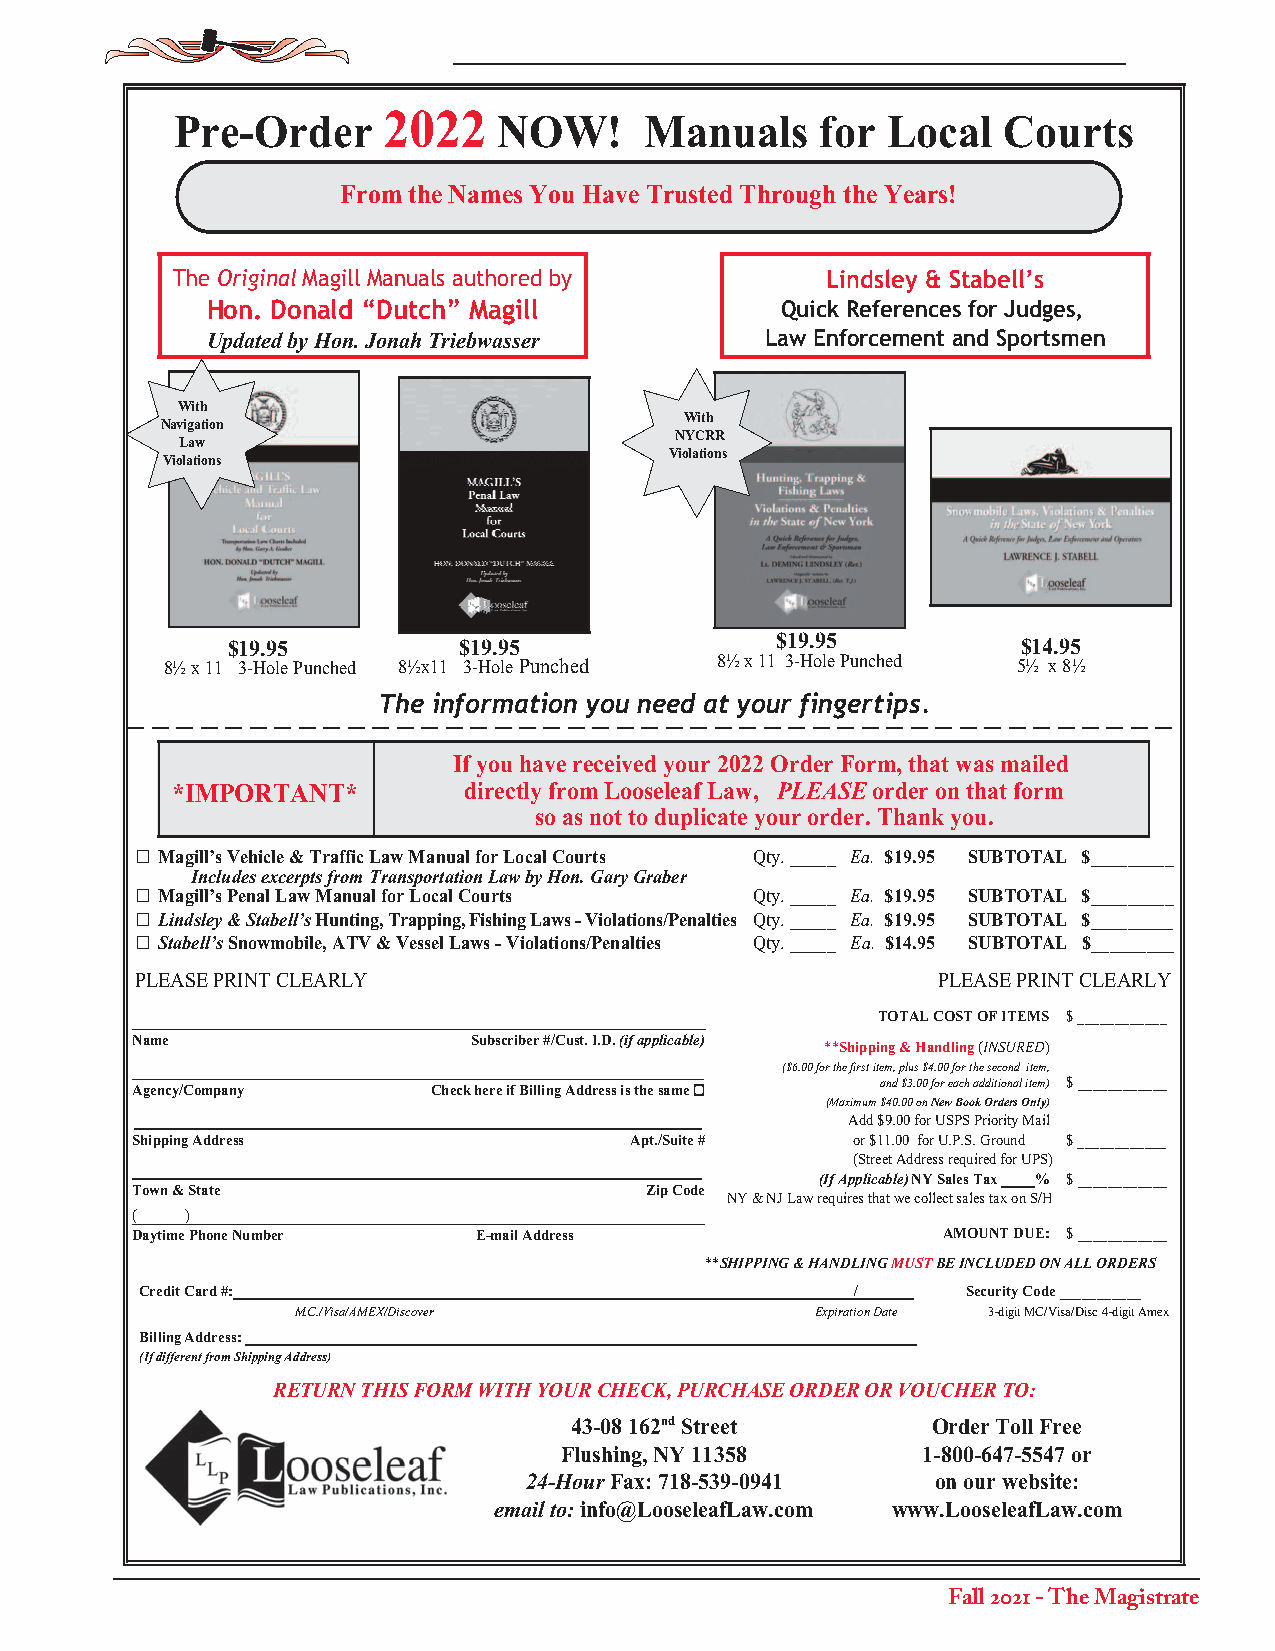
Pre-Order    2022    NOW!      Manuals    for  Local  Courts
 From the Names You Have Trusted Through the Years!
 The Original Magill Manuals authored by     Lindsley & Stabell’s
 Hon. Donald “Dutch” Magill            Quick References for Judges,
 Updated by Hon. Jonah Triebwasser    Law Enforcement and Sportsmen
 With
 With
 Navigation
 NYCRR
 Law
 Violations
 Violations
 $19.95         $19.95               $19.95           $14.95
 8½ x 11 3-Hole Punched 8½x11 3-Hole Punched 8½ x 11 3-Hole Punched 5½ x 8½
 The information you need at your fingertips.
 If you have received your 2022 Order Form, that was mailed
 *IMPORTANT*         directly from Looseleaf Law, PLEASE order on that form
 so as not to duplicate your order. Thank you.
 G Magill’s Vehicle & Traffic Law Manual for Local Courts Qty. _____ Ea. $19.95 SUBTOTAL $_________
 Includes excerpts from Transportation Law by Hon. Gary Graber
 G Magill’s Penal Law Manual for Local Courts Qty. _____ Ea. $19.95 SUBTOTAL $_________
 G Lindsley & Stabell’s Hunting, Trapping, Fishing Laws - Violations/Penalties Qty. _____ Ea. $19.95 SUBTOTAL $_________
 G Stabell’s Snowmobile, ATV & Vessel Laws - Violations/Penalties Qty. _____ Ea. $14.95 SUBTOTAL $_________
 PLEASE PRINT CLEARLY                                 PLEASE PRINT CLEARLY
 TOTAL COST OF ITEMS $ ____________
 Name                  Subscriber #/Cust. I.D. (if applicable) **Shipping & Handling (INSURED)
 ($6.00 for the first item, plus $4.00 for the second item,
 Agency/Company      Check here if Billing Address is the same G and $3.00 for each additional item) $ ____________
 (Maximum $40.00 on New Book Orders Only)
 Add $9.00 for USPS Priority Mail
 Shipping Address                 Apt./Suite #  or $11.00 for U.P.S. Ground $ ____________
 (Street Address required for UPS)
 (If Applicable) NY Sales Tax % $ ____________
 Town & State                      Zip Code
 NY & NJ Law requires that we collect sales tax on S/H
 (  )
 Daytime Phone Number  E-mail Address                 AMOUNT DUE: $ ____________
 **SHIPPING & HANDLING MUST BE INCLUDED ON ALL ORDERS
 Credit Card #:                                  /      Security Code ___________
 M.C./Visa/AMEX/Discover            Expiration Date 3-digit MC/Visa/Disc 4-digit Amex
 Billing Address:
 (If different from Shipping Address)
 RETURN THIS FORM WITH YOUR CHECK, PURCHASE ORDER OR VOUCHER TO:
 43-08 162nd Street      Order Toll Free
 Flushing, NY 11358      1-800-647-5547 or
 24-Hour Fax: 718-539-0941  on our website:
 email to: info@LooseleafLaw.com www.LooseleafLaw.com
 Fall 2021 - The Magistrate